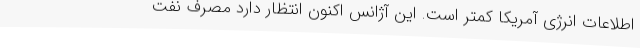
اطلاعات انرژی آمریکا کمتر است. این آژانس اکنون انتظار دارد مصرف نفت